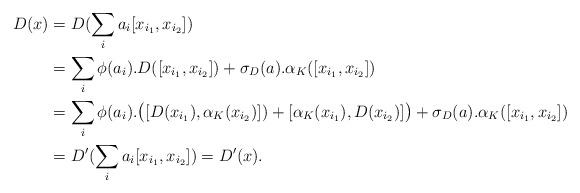
LaTeX: \begin{align*}D(x)&=D(\sum_i a_i[x_{i_1},x_{i_2}])\\&=\sum_i \phi(a_i).D([x_{i_1},x_{i_2}])+\sigma_D(a).\alpha_K([x_{i_1},x_{i_2}])\\&=\sum_i \phi(a_i).\big([D(x_{i_1}),\alpha_K(x_{i_2})])+[\alpha_K(x_{i_1}),D(x_{i_2})]\big)+\sigma_D(a).\alpha_K([x_{i_1},x_{i_2}])\\&=D^{\prime}(\sum_i a_i[x_{i_1},x_{i_2}])=D^{\prime}(x).\end{align*}